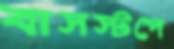
বাসস্টপে